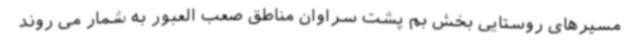
مسیرهای روستایی بخش بم پشت سراوان مناطق صعب العبور به شمار می روند